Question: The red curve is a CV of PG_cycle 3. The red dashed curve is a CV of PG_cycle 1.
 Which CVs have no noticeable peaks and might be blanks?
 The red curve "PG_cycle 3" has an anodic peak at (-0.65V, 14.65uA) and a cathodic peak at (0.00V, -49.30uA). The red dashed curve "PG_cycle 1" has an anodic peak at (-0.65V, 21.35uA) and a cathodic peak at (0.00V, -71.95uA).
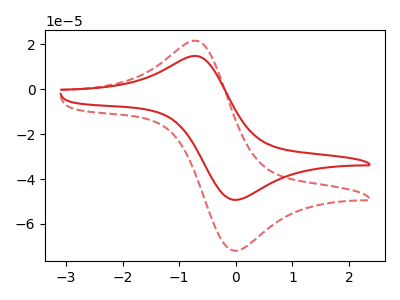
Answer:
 <answer>There are not any CV's on this graph that are likely to be blanks.</answer>
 <eval>none</eval>